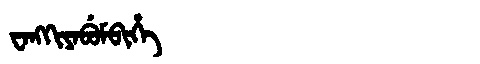
Manchu: ᠸᠠᠩᡴᡳᠶᠠᠪᡠᠮᠪᡳᡥᡝ
Romanization: WANGKIYABUMBIHE